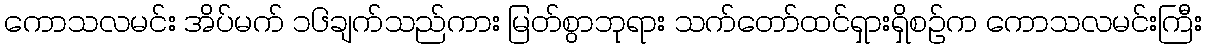
ကောသလမင်း အိပ်မက် ၁၆ချက်သည်ကား မြတ်စွာဘုရား သက်တော်ထင်ရှားရှိစဉ်က ကောသလမင်းကြီး